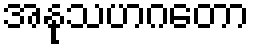
အနုသဟဂတော